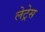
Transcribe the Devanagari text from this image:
लेट्रेस